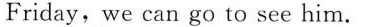
Friday,we can go to see him.